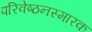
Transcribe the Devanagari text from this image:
परिवेष्ठनस्मारक